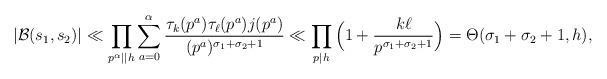
LaTeX: \begin{align*} |\mathcal{B}(s_1,s_2)| & \ll \prod_{p^{\alpha} \mid \mid h} \sum_{a=0}^{\alpha} \frac{\tau_{k}(p^a) \tau_{\ell}(p^a) j(p^a)}{(p^a)^{\sigma_1+\sigma_2+1}} \ll \prod_{p \mid h} \Big( 1 + \frac{k \ell }{p^{\sigma_1+\sigma_2+1}} \Big) = \Theta(\sigma_1+\sigma_2+1, h), \end{align*}